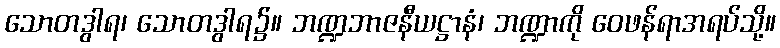
သောတဒွါရ၊ သောတဒွါရ၌။ ဘဏ္ဍဘာဇနီယဋ္ဌာနံ၊ ဘဏ္ဍာကို ဝေဖန်ရာအရပ်သို့။